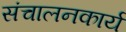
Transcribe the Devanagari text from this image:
संचालनकार्य